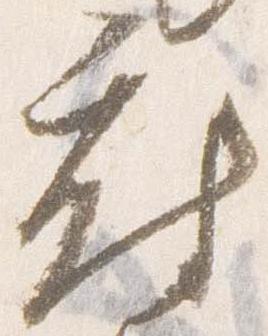
府